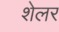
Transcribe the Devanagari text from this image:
शेलर